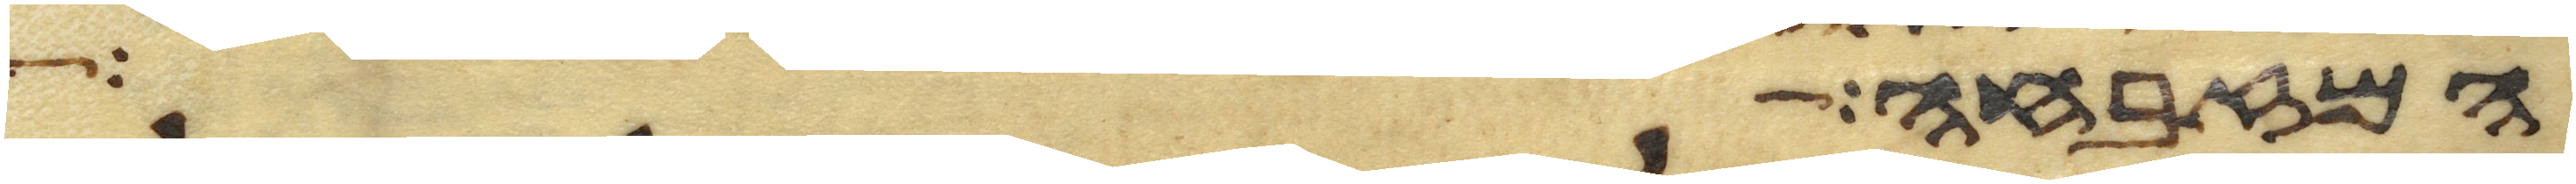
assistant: המזבחה